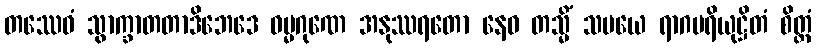
တဿေဝံ သွာက္ခာတတာဒိဘေဒေ ဓမ္မဂုဏေ အနုဿရတော နေဝ တသ္မိံ သမယေ ရာဂပရိယုဋ္ဌိတံ စိတ္တံ